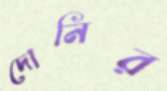
দোনির